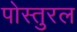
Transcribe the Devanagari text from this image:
पोस्तुरल